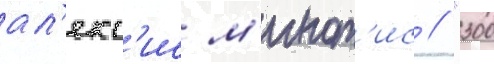
ал'екс'ис м'инот'ис // "300